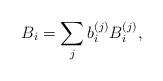
LaTeX: \begin{align*}B_i = \sum_j b_i^{(j)} B_{i}^{(j)},\end{align*}